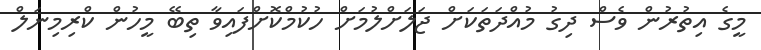
މީގެ އިތުރުން ވެސް ދިގު މުއްދަތަކަށް ޖަލަށްލުމަށް ހުކުމްކޮށްފައިވާ ތިބޭ މީހުން ކްރިމިނަލް